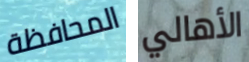
المحافظة الأهالي